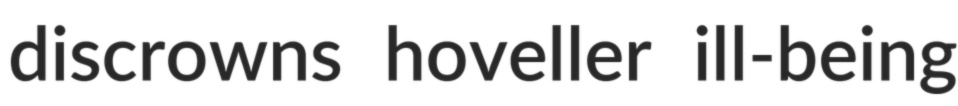
discrowns hoveller ill-being